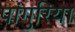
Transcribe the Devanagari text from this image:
पांगुरिया